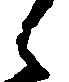
々